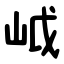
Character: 㞽